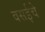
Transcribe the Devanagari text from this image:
वसईचे